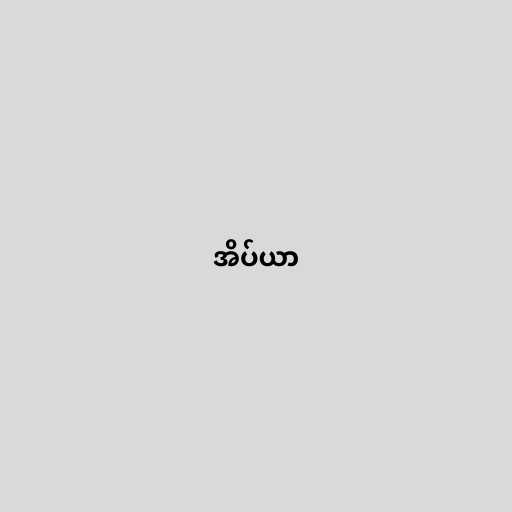
အိပ်ယာ